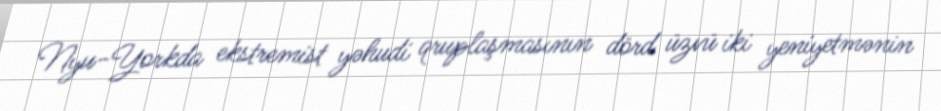
Nyu-Yorkda ekstremist yəhudi qruplaşmasının dörd üzvü iki yeniyetmənin